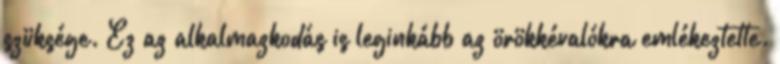
szüksége. Ez az alkalmazkodás is leginkább az örökkévalókra emlékeztette.